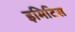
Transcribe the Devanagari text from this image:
इमिटिस